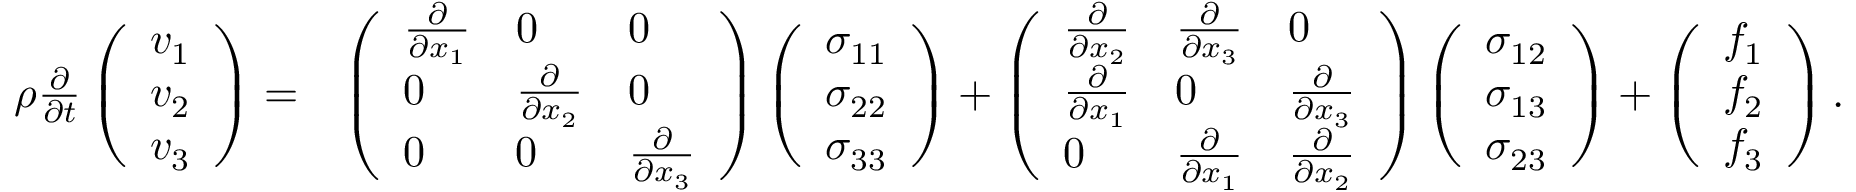
\begin{array} { r l } { \rho \frac { \partial } { \partial t } \left( \begin{array} { l } { v _ { 1 } } \\ { v _ { 2 } } \\ { v _ { 3 } } \end{array} \right) = } & { \left( \begin{array} { l l l } { \frac { \partial } { \partial x _ { 1 } } } & { 0 } & { 0 } \\ { 0 } & { \frac { \partial } { \partial x _ { 2 } } } & { 0 } \\ { 0 } & { 0 } & { \frac { \partial } { \partial x _ { 3 } } } \end{array} \right) \left( \begin{array} { l } { \sigma _ { 1 1 } } \\ { \sigma _ { 2 2 } } \\ { \sigma _ { 3 3 } } \end{array} \right) + \left( \begin{array} { l l l } { \frac { \partial } { \partial x _ { 2 } } } & { \frac { \partial } { \partial x _ { 3 } } } & { 0 } \\ { \frac { \partial } { \partial x _ { 1 } } } & { 0 } & { \frac { \partial } { \partial x _ { 3 } } } \\ { 0 } & { \frac { \partial } { \partial x _ { 1 } } } & { \frac { \partial } { \partial x _ { 2 } } } \end{array} \right) \left( \begin{array} { l } { \sigma _ { 1 2 } } \\ { \sigma _ { 1 3 } } \\ { \sigma _ { 2 3 } } \end{array} \right) + \left( \begin{array} { l } { f _ { 1 } } \\ { f _ { 2 } } \\ { f _ { 3 } } \end{array} \right) . } \end{array}